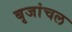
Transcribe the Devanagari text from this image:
बृजांचल